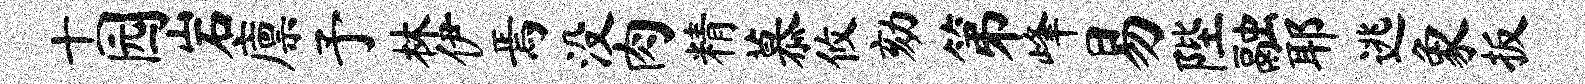
十园岩廪予林伊焉没肉精慕攸劾第峰易陛融耶逃象扳